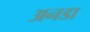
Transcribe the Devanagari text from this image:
अनडा